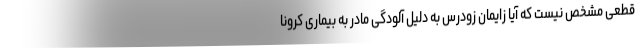
قطعی مشخص نیست که آیا زایمان زودرس به دلیل آلودگی مادر به بیماری کرونا